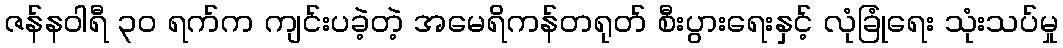
ဇန်နဝါရီ ၃၀ ရက်က ကျင်းပခဲ့တဲ့ အမေရိကန်တရုတ် စီးပွားရေးနှင့် လုံခြုံရေး သုံးသပ်မှု